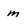
Character: m